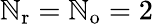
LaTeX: {\mathbb{N}_{\mathrm{{r}}}}={\mathbb{N}_{\mathrm{{o}}}}=2